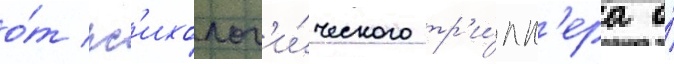
о́т пс'ихолог'и́ческого тр'и́лл'ера о́